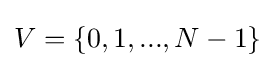
V=\{0,1,...,N-1\}